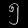
Digit: ၅